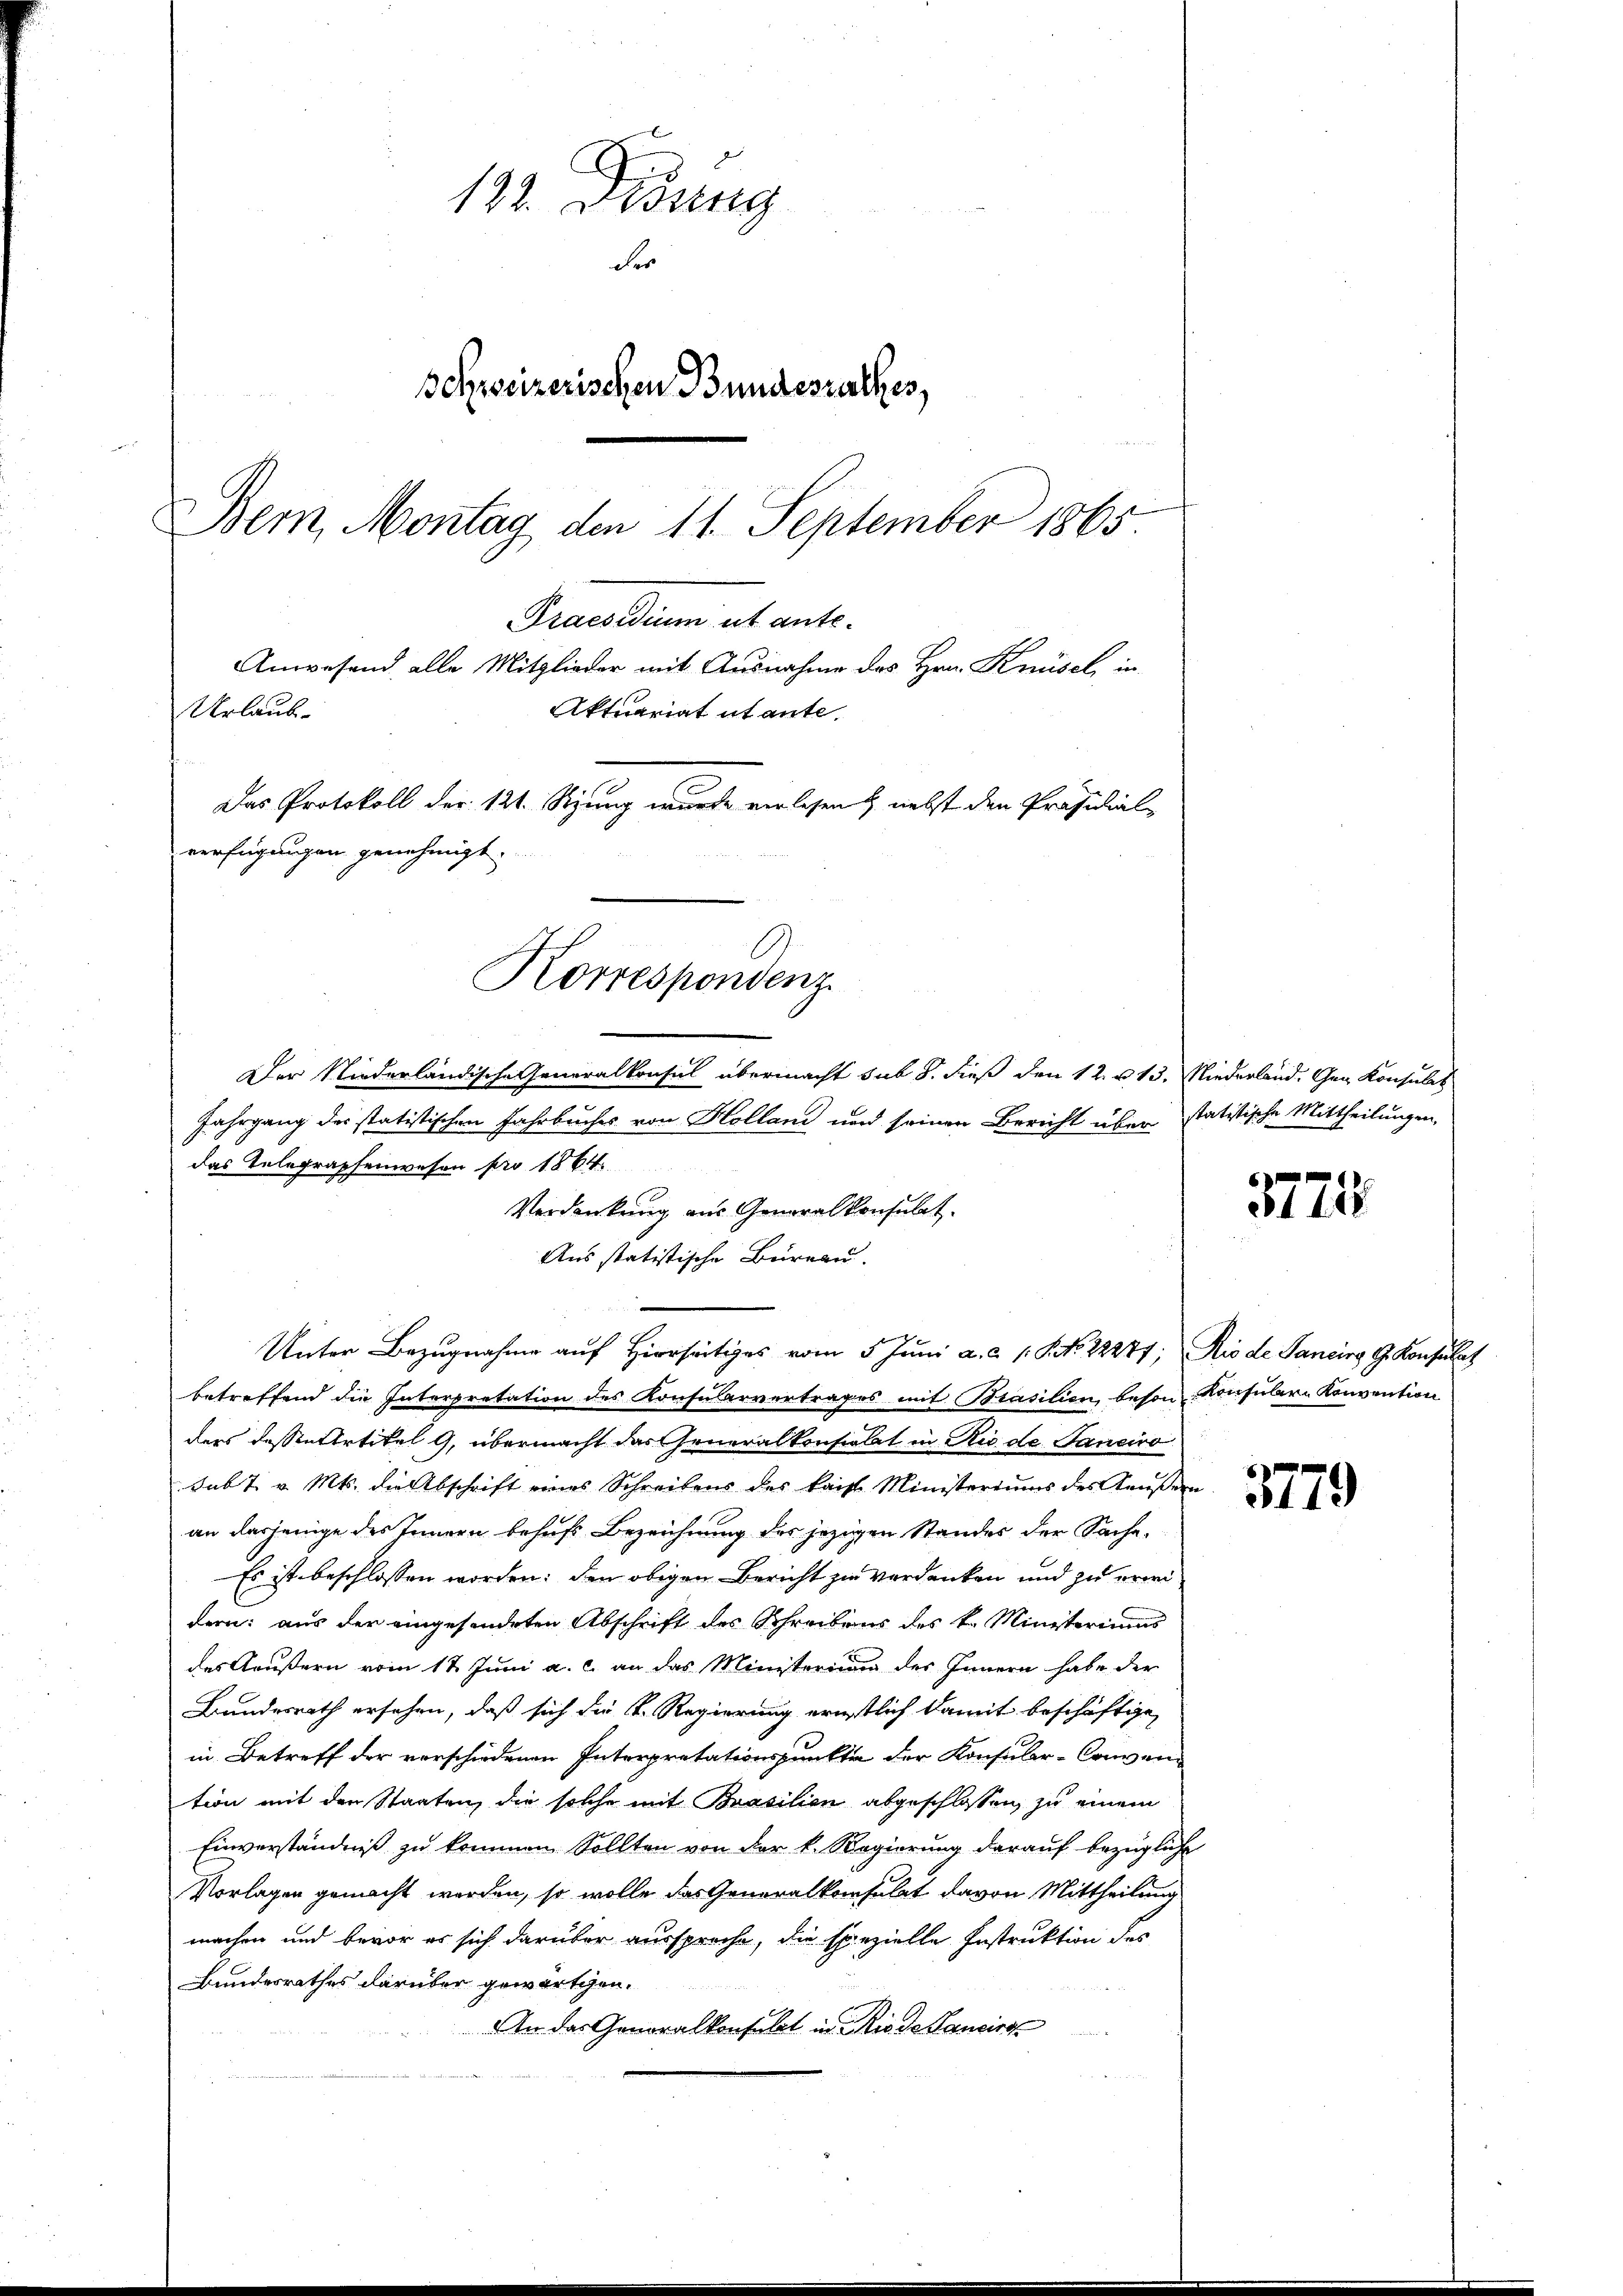
132. Didung
des
Schweizerischen Bundesrathes,
Bem, Montag den 11. September 1865
Praesidium ut ante¬
Anwesend alle Mitglieder mit Ausnahme des Hrn. Knüsel, in
Urlaub
Aktuariat ut ante.
Das Protokoll der 121. Setzung wurde verlesen & nebst den Präsidial-
verfügungen genehmigt.
Korresponvenz
Der Niederländische Generalkonsul übermacht sub 8. dieß den 12. u. 13. Niederland. Gen Konsulat

Jahrgang des statistischen Jahrbuches von Holland und seinen Bericht über statistische Mittheilungen,
das Telegraphenwesen pro 1864.
Verdankung aus Generalkonsulat
Aus statistische Büreau.
betreffend die Interpretation des Konsularvertrages mit Brasilien, beson Konsuler Konvention
ders dessen Artikel 9, übermacht das Generalkonsulat in Rio de Janeiro
sub t v. Mts. die Abschrift eines Schreibens des kaist Ministeriums des Kaŭβern
an dasjenige des Innern behufs Bezeichnung des jezigen Standes der Sache.
Es ist beschlossen worden: den obigen Bericht zu verdanken und zu erweidern: aus der eingesendeten Abschrift des Schreibens des k. Ministeriums
des Aeußern vom 12. Juni a. c. an das Ministerium des Innern habe der
Bundesrath ersehen, daß sich die K. Regierung ernstlich damit beschäftige,
in Betreff der vorschiedenen Interpretationspunkte der Konsular-Conven
tion mit den Staaten, die solche mit Brasilien abgeschlossen, zu einem
Einverständniß zu kommen. Sollten von der k. Regierung darauf bezügliche
Vorlagen gemacht werden, so wolle das Generalkonsulat davon Mittheilung
machen und bevor es sich darüber ausspreche, die spezielle Instruktion des
Bundesrathes darüber gewärtigen.
An das Genoralkonsulat in die de Sancirs

Unter Bezugnahme auf Hierseitiges vom 5. Juni a. a. 1. P. No. 22274; Rio de Sancirg, G. Konsulat

3778

3179